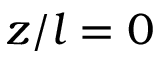
z / l = 0